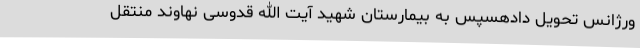
ورژانس تحویل دادهسپس به بیمارستان شهید آیت الله قدوسی نهاوند منتقل